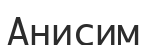
Анисим